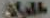
طلبات